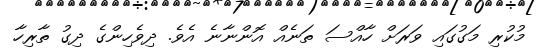
މުކުރި މަގުގައި ވަރަށް ހާއްސަ ތަނެއް އޮންނާނެ އެވެ. ދިވެހިންގެ ދިގު ތާރިހާ